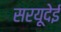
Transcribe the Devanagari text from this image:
सरयूदेई